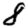
Digit: 8